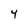
Character: 4